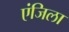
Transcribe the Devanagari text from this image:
एंजिला